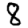
Digit: 8